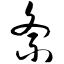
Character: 紊